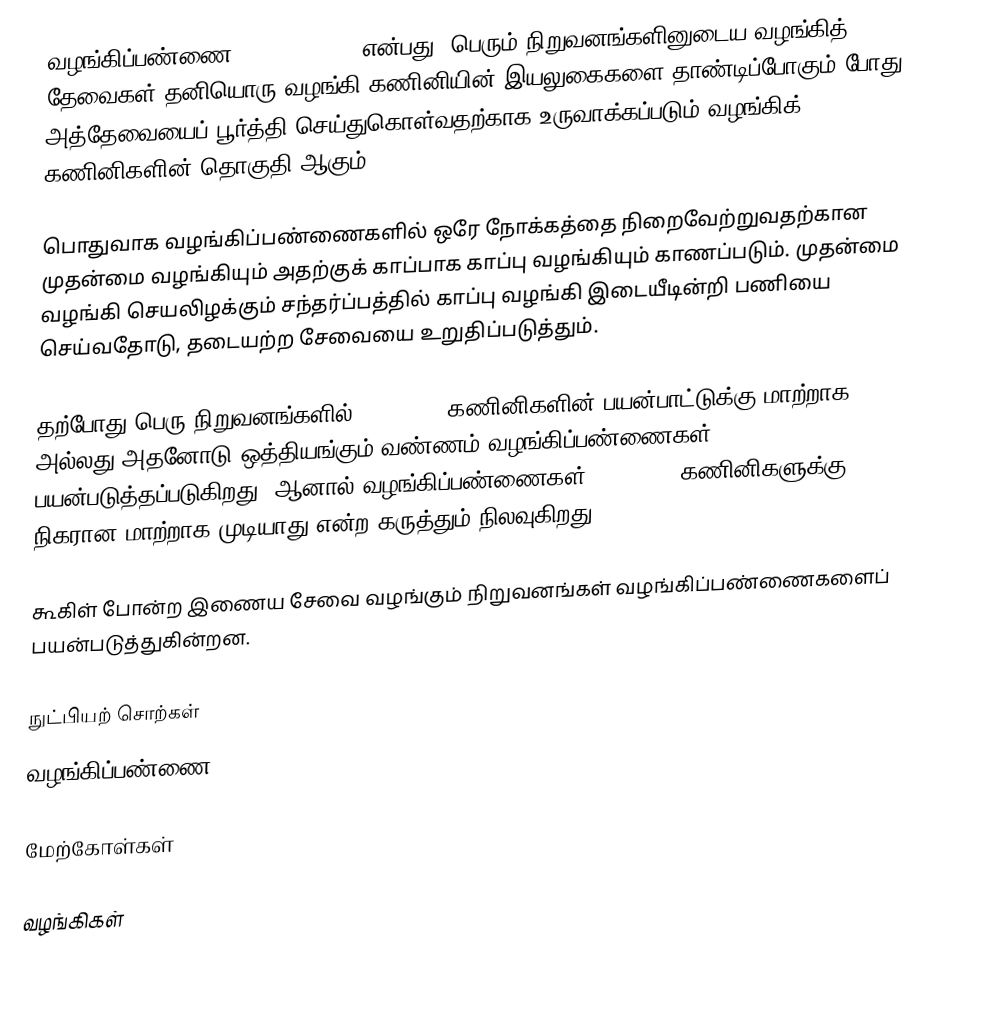
வழங்கிப்பண்ணை (Server Farm) என்பது, பெரும் நிறுவனங்களினுடைய வழங்கித் தேவைகள் தனியொரு வழங்கி கணினியின் இயலுகைகளை தாண்டிப்போகும் போது, அத்தேவையைப் பூர்த்தி செய்துகொள்வதற்காக உருவாக்கப்படும் வழங்கிக் கணினிகளின் தொகுதி ஆகும்.

பொதுவாக வழங்கிப்பண்ணைகளில் ஒரே நோக்கத்தை நிறைவேற்றுவதற்கான முதன்மை வழங்கியும் அதற்குக்  காப்பாக காப்பு வழங்கியும் காணப்படும். முதன்மை வழங்கி செயலிழக்கும் சந்தர்ப்பத்தில் காப்பு வழங்கி இடையீடின்றி பணியை செய்வதோடு, தடையற்ற சேவையை உறுதிப்படுத்தும்.

தற்போது பெரு நிறுவனங்களில் Mainframe கணினிகளின் பயன்பாட்டுக்கு மாற்றாக, அல்லது அதனோடு ஒத்தியங்கும் வண்ணம் வழங்கிப்பண்ணைகள் பயன்படுத்தப்படுகிறது. ஆனால் வழங்கிப்பண்ணைகள் Mainframe கணினிகளுக்கு நிகரான மாற்றாக முடியாது என்ற கருத்தும் நிலவுகிறது.

கூகிள் போன்ற இணைய சேவை வழங்கும் நிறுவனங்கள் வழங்கிப்பண்ணைகளைப் பயன்படுத்துகின்றன.

நுட்பியற் சொற்கள்
 வழங்கிப்பண்ணை

மேற்கோள்கள்

வழங்கிகள்